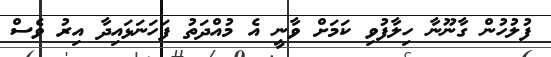
ފުލުހުން ގާނޫނާ ހިލާފުވި ކަމަށް ވާނީ އެ މުއްދަތު ފަހަނަޅައިދާ އިރު ވެސް